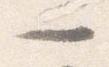
一